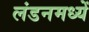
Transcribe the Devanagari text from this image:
लंडनमध्यें